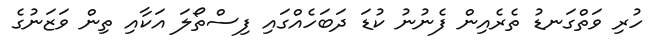
ހުރި ވަތްގަނޑު ތެރެއިން ފެނުނު ކުޑަ ދަބަހެއްގައި ފިސްތޯލަ އަކާއި ތިން ވަޒަނުގެ